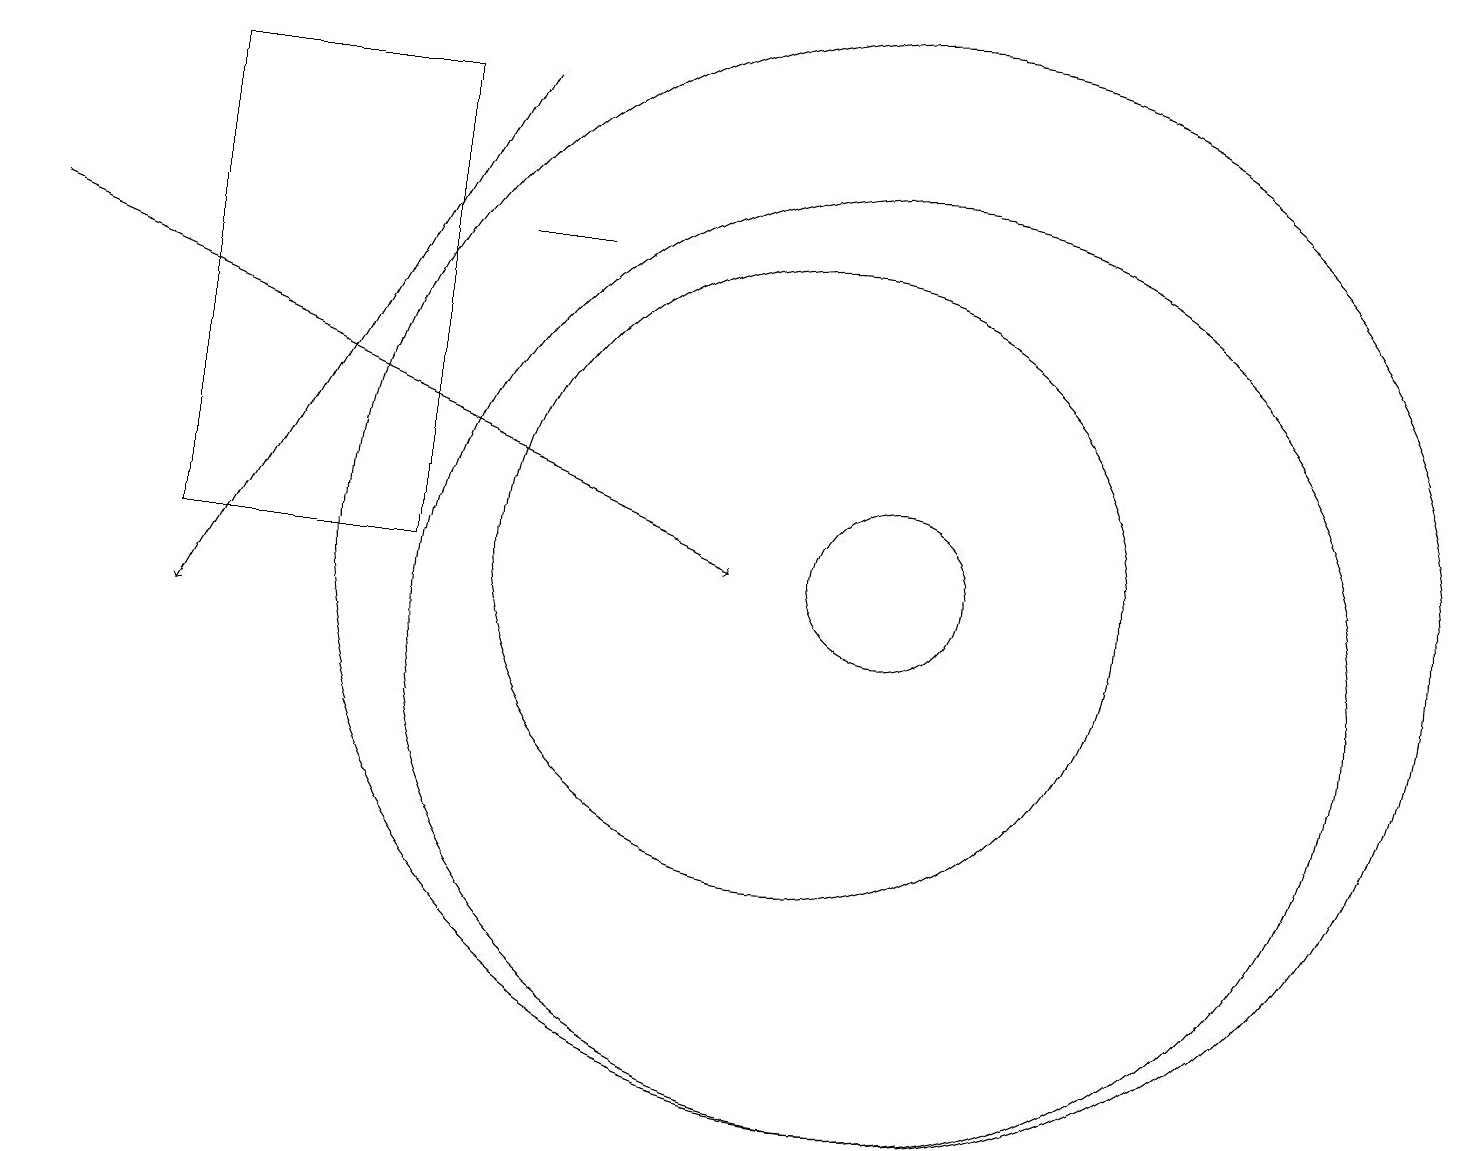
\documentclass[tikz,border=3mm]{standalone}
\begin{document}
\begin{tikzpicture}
\draw (11,12) circle (1);
\draw (2,12) rectangle (5,18);
\draw (10,12) circle (4);
\draw (7,16) rectangle (6,16);
\draw (11,11) circle (6);
\draw[->] (0,16) -- (9,12);
\draw[->] (6,18) -- (2,11);
\draw (11,12) circle (7);
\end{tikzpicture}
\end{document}